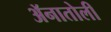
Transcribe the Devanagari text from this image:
ॲनातोली